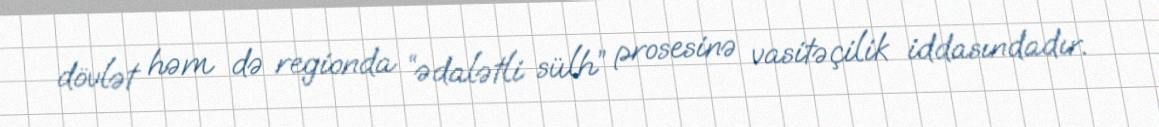
dövlət həm də regionda “ədalətli sülh” prosesinə vasitəçilik iddasındadır.